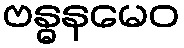
ဗန္ဓနမေဝ